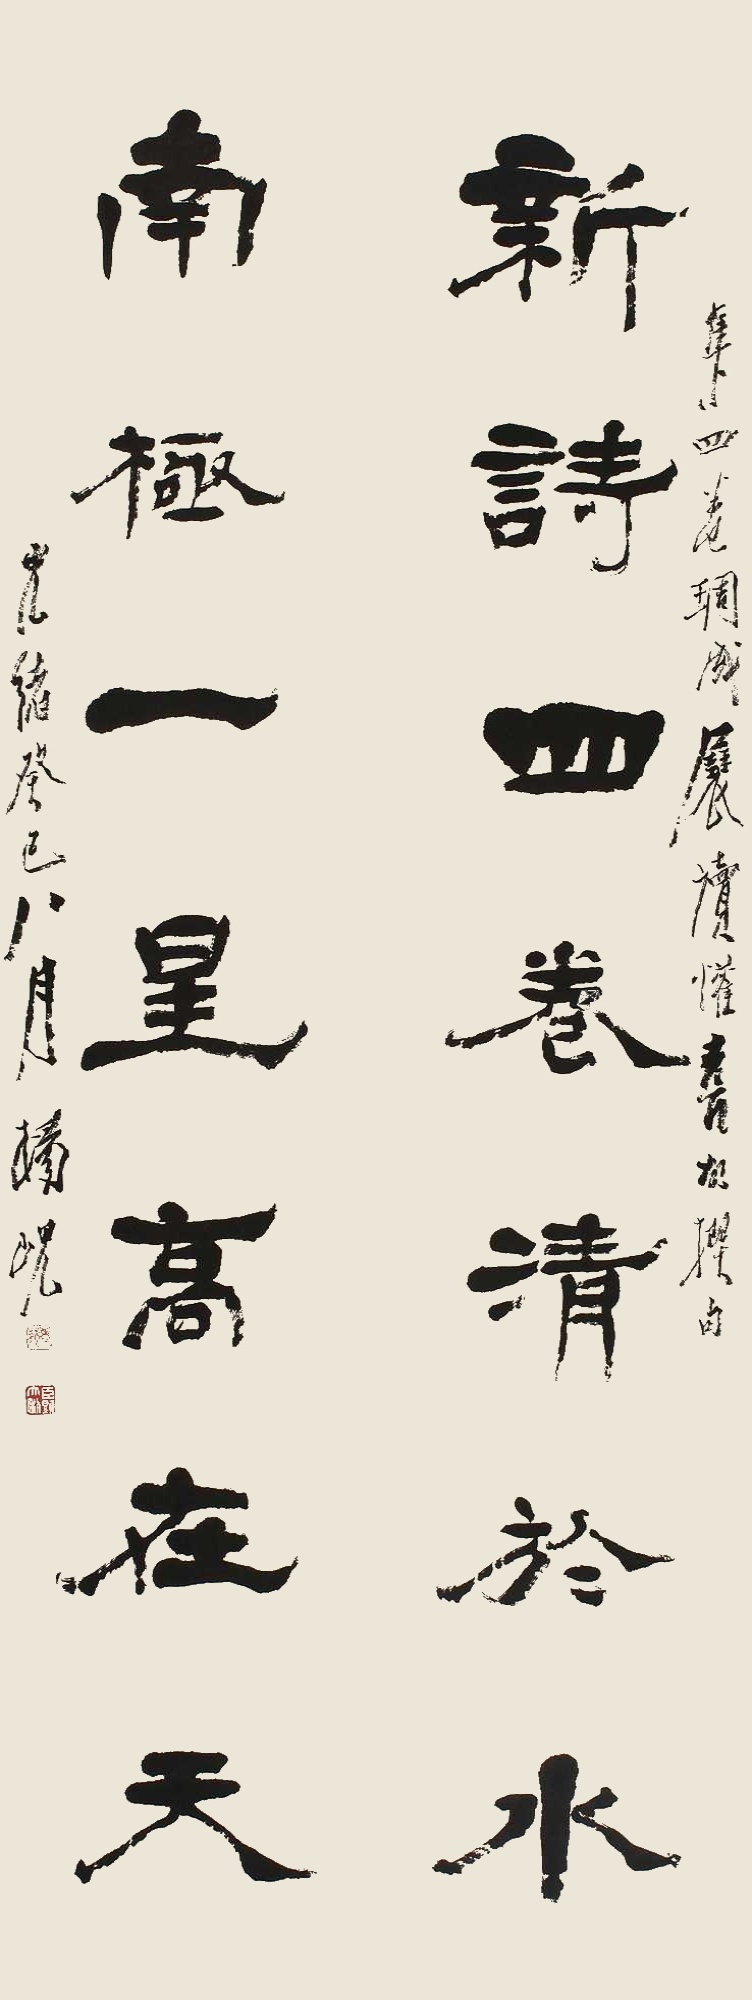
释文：新诗四卷清于水，南极一皇高在天。集四卷雕成，展读欢喜，故撰句。光绪癸巳八月，杨岘。